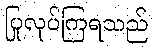
ပြုလုပ်ကြရသည်